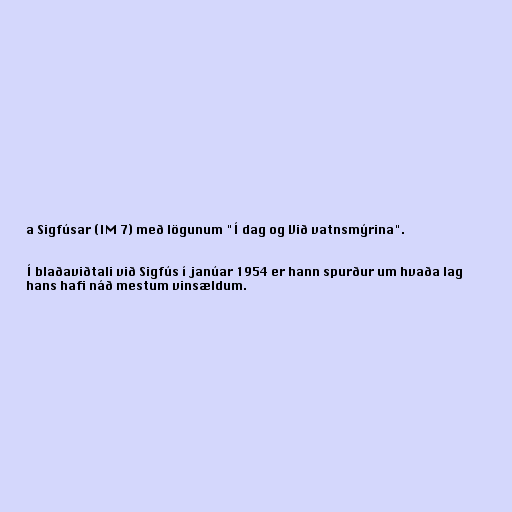
a Sigfúsar (IM 7) með lögunum "Í dag og Við vatnsmýrina".

Í blaðaviðtali við Sigfús í janúar 1954 er hann spurður um hvaða lag
hans hafi náð mestum vinsældum.